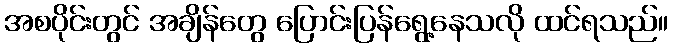
အစပိုင်းတွင် အချိန်တွေ ပြောင်းပြန်ရွေ့နေသလို ထင်ရသည်။